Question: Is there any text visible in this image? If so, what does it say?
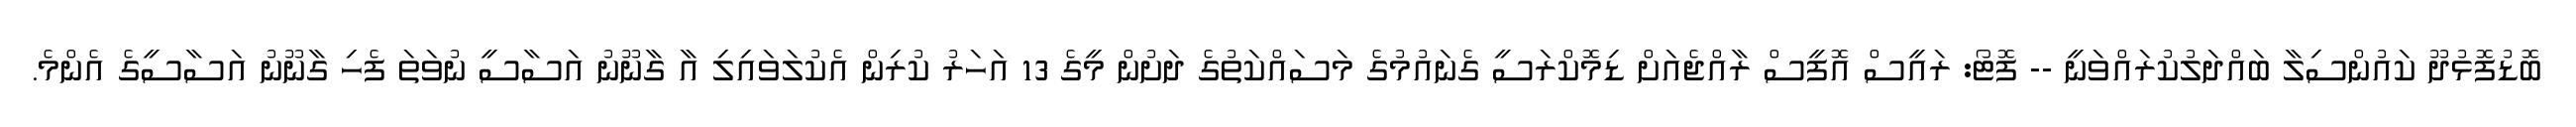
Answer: ބޮޑުފޮޅުދޫ ކައުންސިލާ ބައްދަލުކުރައްވަނީ -- ފޮޓޯ: ރައީސް އޮފީސް ރާއްޖެއަށް ޑިމޮކްރަސީ ގެނައުމުގެ މަސައްކަތުގެ ދަށުން މީގެ 13 އަހަރު ކުރިން އެކުލަވައިލި އާ ގާނޫނު އަސާސީ ނުވަތަ ފެހި ގާނޫނު އަސާސީގެ އެންމެ.